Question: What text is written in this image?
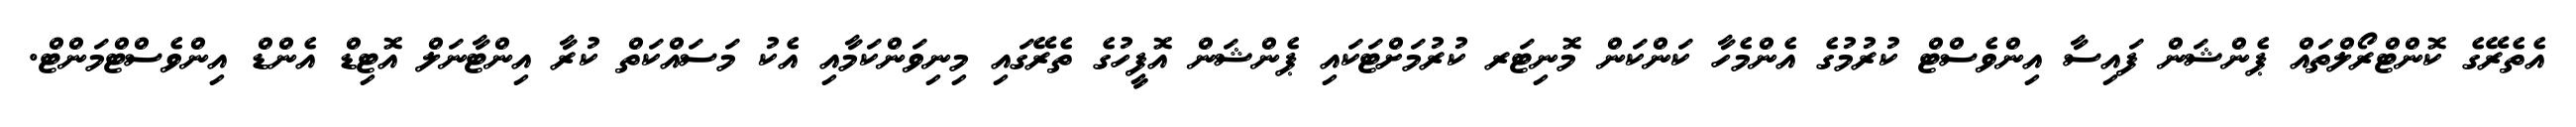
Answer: އެތެރޭގެ ކޮންޓްރޯލްތައް ޕެންޝަން ފައިސާ އިންވެސްޓް ކުރުމުގެ އެންމެހާ ކަންކަން މޮނިޓަރ ކުރުމަށްޓަކައި ޕެންޝަން އޮފީހުގެ ތެރޭގައި މިނިވަންކަމާއި އެކު މަސައްކަތް ކުރާ އިންޓާނަލް އޮޓިޑް އެންޑް އިންވެސްޓްމަންޓް.